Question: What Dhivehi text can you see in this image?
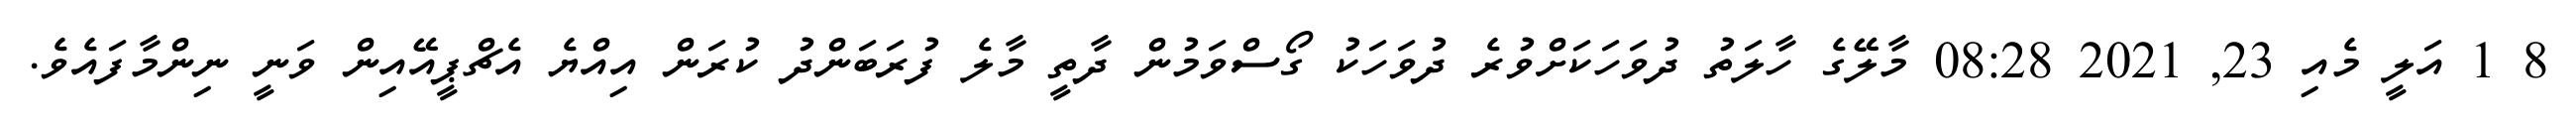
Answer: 8 1 އަލީ މެއި 23, 2021 08:28 މާލޭގެ ހާލަތު ދުވަހަކަށްވުރެ ދުވަހަކު ގޯސްވަމުން ދާތީ މާލެ ފުރަބަންދު ކުރަން އިއްޔެ އެޗްޕީއޭއިން ވަނީ ނިންމާފައެވެ.